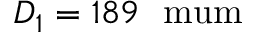
D _ { 1 } = 1 8 9 ~ \mathrm { \ m u m }